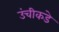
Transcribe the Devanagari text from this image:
उंचीकडे